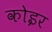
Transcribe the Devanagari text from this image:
कोइर